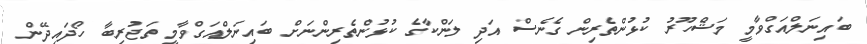
ބައިނަލްއަގްވާމީ މަޝްހޫރު ކުޅުންތެރިން ގެނެސް އަދި ލަންކާގެ ކުޅުންތެރިންނަށް ބައިނަލްއަގްވާމީ ތަޖުރިބާ ހޯދައިދޭން